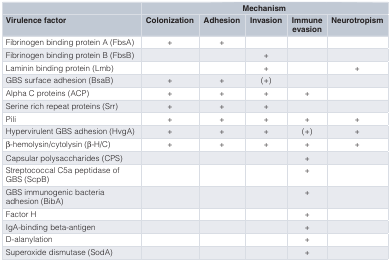
|  | <COLSPAN=5> Mechanism |
 | Virulence factor | Colonization | Adhesion | Invasion | Immuneevasion | Neurotropism |
 | --- | --- | --- | --- | --- | --- |
 | Fibrinogen binding protein A (FbsA) | + | + |  |  |  |
 | Fibrinogen binding protein B (FbsB) |  |  | + |  |  |
 | Laminin binding protein (Lmb) |  |  | + |  | + |
 | GBS surface adhesion (BsaB) | + | + | (+) |  |  |
 | Alpha C proteins (ACP) | + | + | + | + |  |
 | Serine rich repeat proteins (Srr) | + | + | + |  |  |
 | Pili | + | + | + | + | + |
 | Hypervirulent GBS adhesion (HvgA) | + | + | + | (+) | + |
 | β-hemolysin/cytolysin (β-H/C) | + | + | + | + | + |
 | Capsular polysaccharides (CPS) |  |  |  | + |  |
 | Streptococcal C5a peptidase ofGBS (ScpB) |  |  |  | + |  |
 | GBS immunogenic bacteriaadhesion (BibA) |  |  |  | + |  |
 | Factor H |  |  |  | + |  |
 | IgA-binding beta-antigen |  |  |  | + |  |
 | D-alanylation |  |  |  | + |  |
 | Superoxide dismutase (SodA) |  |  |  | + |  |